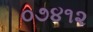
૦૭૪૧૨